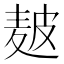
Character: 𤿲